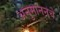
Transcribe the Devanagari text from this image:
अनुमाननचे